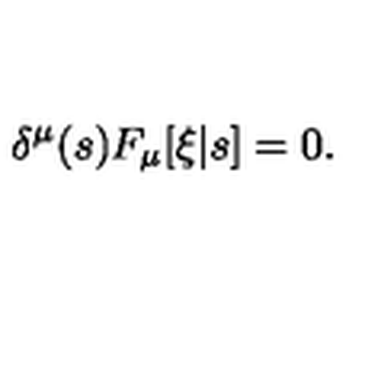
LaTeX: \delta ^ { \mu } ( s ) F _ { \mu } [ \xi | s ] = 0 .